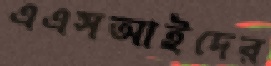
এএসআইদের